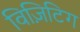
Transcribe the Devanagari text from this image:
विज़िटिग